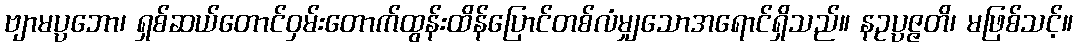
ဗျာမပ္ပဘော၊ ရှစ်ဆယ်တောင်ဝှမ်းတောက်ထွန်းထိန်ပြောင်တစ်လံမျှသောအရောင်ရှိသည်။ နဥပ္ပဇ္ဇတိ၊ မဖြစ်သင့်။